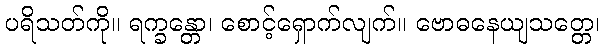
ပရိသတ်ကို။ ရက္ခန္တော၊ စောင့်ရှောက်လျက်။ ဗောဓနေယျသတ္တေ၊